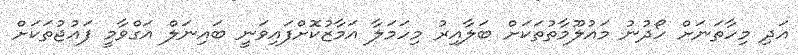
އަދި މިހާތަނަށް ހޯދުނު މައުލޫމާތުތަކަށް ބަލާއިރު މިހަމަލާ އަމާޒުކޮށްފައިވަނީ ބައިނަލް އަގްވާމީ ފައުޖުތަކަށް